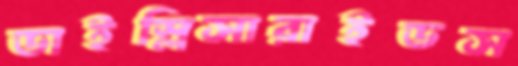
ডাইস্লিসারাইডস